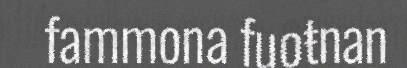
fammona fuoŧnan